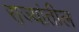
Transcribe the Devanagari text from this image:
रा़ज्यांतील